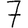
Digit: 7